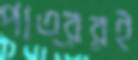
পাত্ররই